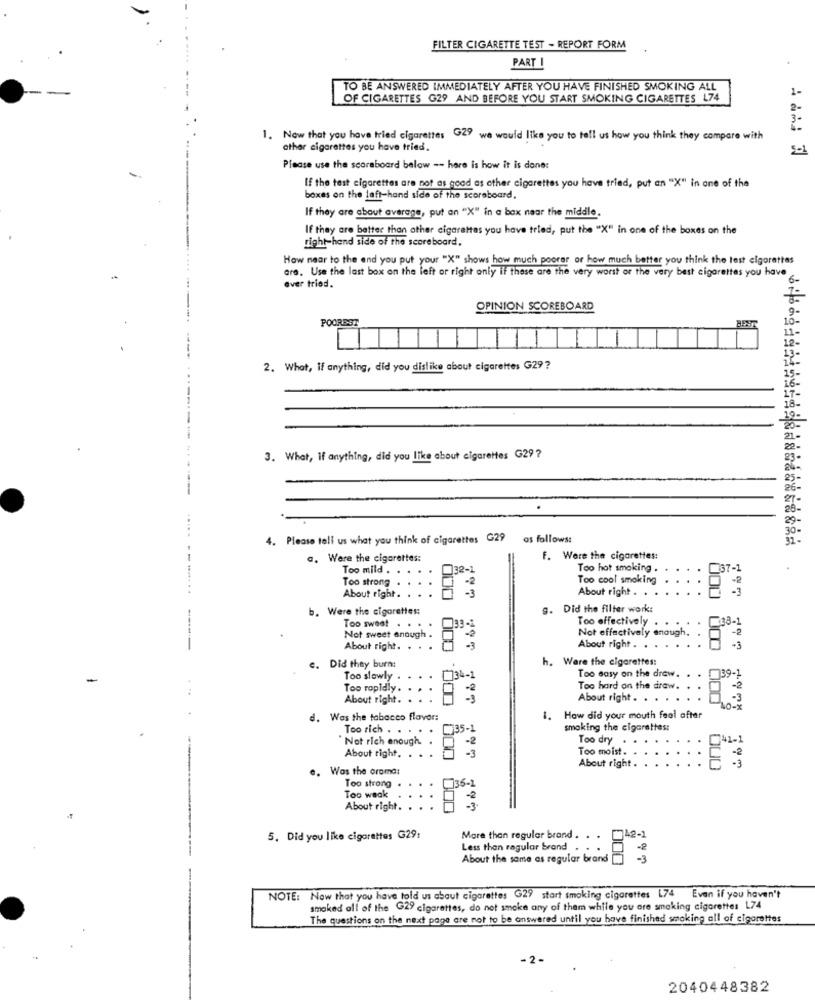
FILTER CIGARETTE TEST - REPORT FORM
PART
.
TO BE ANSWERED IMMEDIATELY AFTER YOU HAVE FINISHED SMOKING ALL
OF CIGARETTES G29 AND BEFORE YOU START SMOKING CIGARETTES L74
2-
1. Now that you have tried cigarettes G29 we would like you to tell us how you think they compare with
other cigarettes you have tried.
5-1
Please use the scoreboard below -- here is how it is done:
If the test cigarettes are not as good as other cigarettes you have tried, put an "X" in one of the
boxes on the left-hand side of the scoreboard.
If they are about average, put an "X" in a box naar the middle.
If they are better than other cigarettes you have tried, put the "X" in one of the boxes on the
right-hand side of the scoreboard,
How near to the and you put your "X" shows how much poorer or how much better you think the test elgorettes
are. Use the last box on the left or right only il these are the very worst of the very best cigarettes you have
ever tried.
OPINION SCOREBOARD
POOREST
BEST
2. What, if anything, did you dislike about cigarettes G29?
3. What, If anything, did you like about cigarettes G29?
26
RT -
4. Please tell us what you think of cigarettes G29
as follows:
a. Were the cigarettes:
F. Were the cigarettes:
Too mild . . .
32-1
Too hot smoking .
L37-1
Too strong
Too cool smoking
About right . .
About right .
b. Were the cigarettes:
g. Did the filter work:
--
Too sweet
Too effectively . .
133-
Not effectively enough.
Not sweet enough .
About right. . . .
About right. . . .
e. Did they burn:
h. Ware the cigarettes:
Too slowly .
734-1
Too easy on the draw.
139-1
Too rapidly .
Too hard on the draw.
About right.
About right . . .
d. Was the tobacco flavor:
1.
How did your mouth feel after
Too rich . . . . .
35-1
smoking the cigarettes:
Not rich enough. .
Too dry.
About right.
-2
- 3
Too moist.
e.
Was the orama:
About right .
Too strong .
Too waak
- 2
About right.
742-1
5. Did you like cigarettes G29:
More than regular brand .
Less than ragular brand
About the same as regular brand [
000
-3
NOTE: Now that you have told us about cigarettes G29 start smoking cigarettes L74 Even if you haven't
smoked all of the G29 cigarettes, do not smoke any of them while you are smoking cigarettes 174
The questions on the next page are not to be answered until you have finished smoking all of cigarettes
- 2-
2040448382